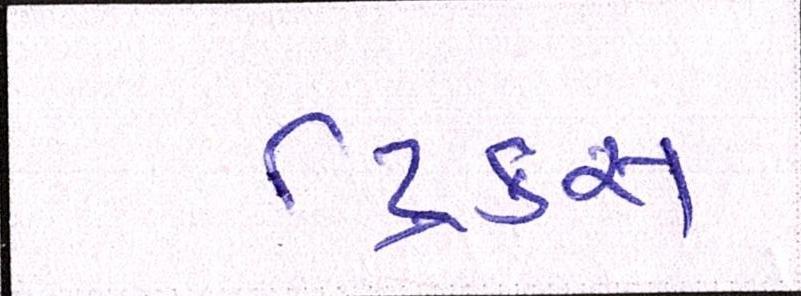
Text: ટ્રિક્સ